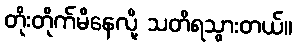
တိုးတိုက်မိနေလို့ သတိရသွားတယ်။